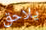
يلاحق